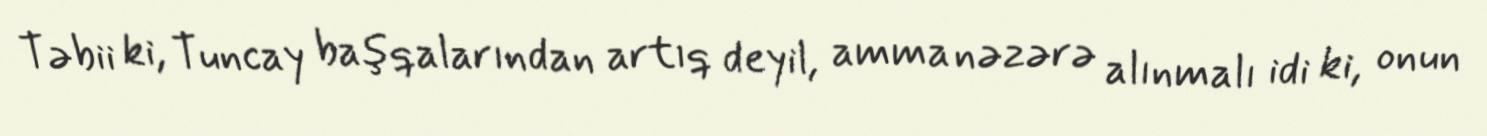
Təbii ki, Tuncay başqalarından artıq deyil, amma nəzərə alınmalı idi ki, onun